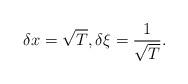
LaTeX: \begin{align*}\delta x = \sqrt{T}, \delta \xi= \frac{1}{\sqrt{T}}.\end{align*}